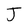
Character: J